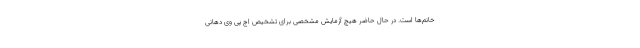
خانم‌ها است. در حال حاضر هیچ آزمایش مشخصی برای تشخیص اچ پی وی دهانی